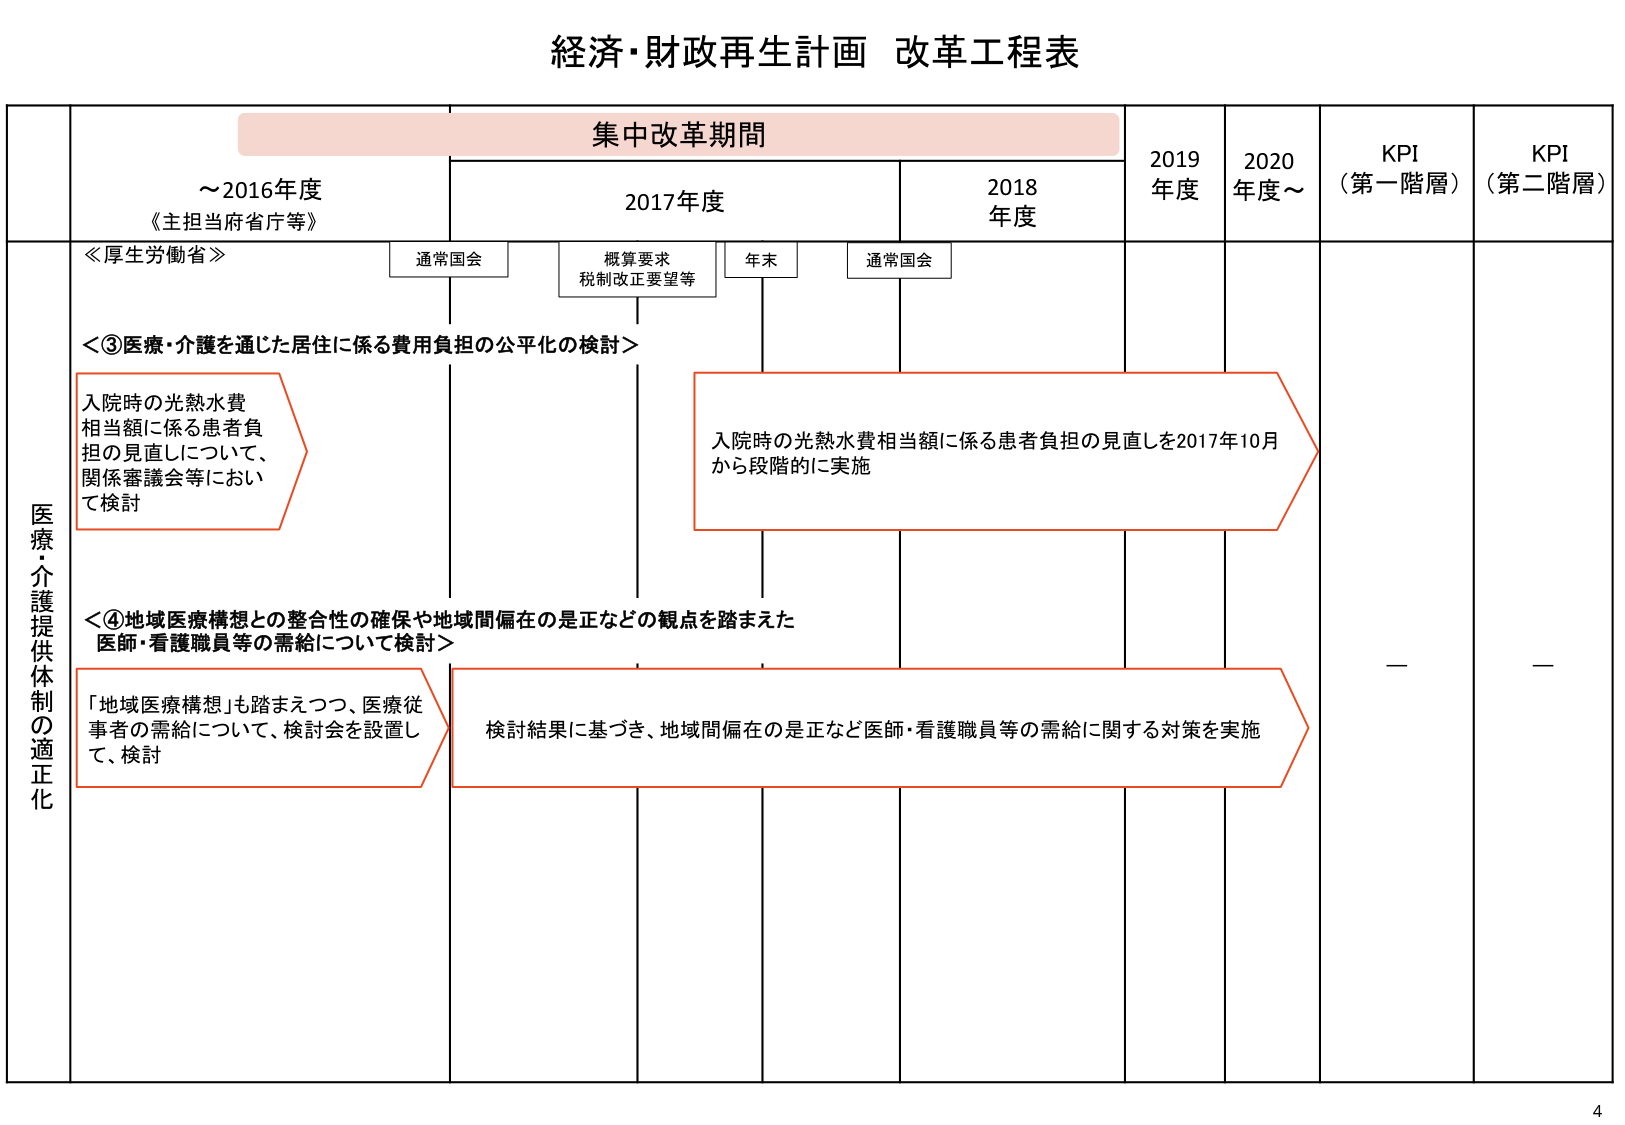
経済・財政再生計画 改革工程表

集中改革期間

～2016年度
《主担当府省庁等》

2017年度

2018年度

2019年度

2020年度～

KPI
（第一階層）

KPI
（第二階層）

≪厚生労働省≫

通常国会

概算要求
税制改正要望等

年末

通常国会

医療・介護提供体制の適正化

＜③医療・介護を通じた居住に係る費用負担の公平化の検討＞

入院時の光熱水費
相当額に係る患者負
担の見直しについて、
関係審議会等におい
て検討

入院時の光熱水費相当額に係る患者負担の見直しを2017年10月
から段階的に実施

＜④地域医療構想との整合性の確保や地域間偏在の是正などの観点を踏まえた
医師・看護職員等の需給について検討＞

「地域医療構想」も踏まえつつ、医療従
事者の需給について、検討会を設置し
て、検討

検討結果に基づき、地域間偏在の是正など医師・看護職員等の需給に関する対策を実施

－

－

4